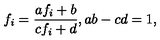
f _ { i } = \frac { a f _ { i } + b } { c f _ { i } + d } , a b - c d = 1 ,